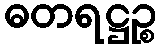
ဓတရဋ္ဌဉ္စ